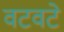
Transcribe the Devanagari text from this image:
वटवटे